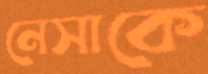
নেসাকে